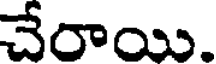
చేరాయి.